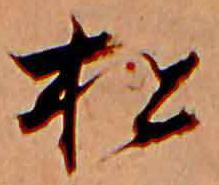
松